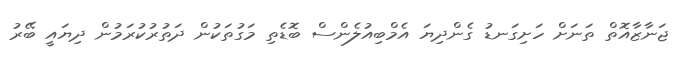
ޖަނާޒާއޮތް ތަނަށް ހަށިގަނޑު ގެންދިޔަ އެމްބިއުލެންސް ބޮޑެތި މަގުތަކުން ދަތުރުކުރަމުން ދިޔައީ ބޭރު